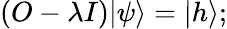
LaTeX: (O-\lambda I)|\psi\rangle=|h\rangle;